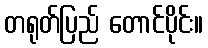
တရုတ်ပြည် တောင်ပိုင်း။